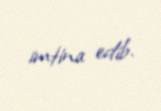
imtina edib.